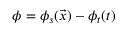
\phi = \phi _ { s } ( \vec { x } ) - \phi _ { t } ( t )